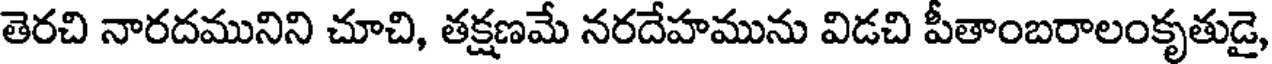
తెరచి నారదమునిని చూచి, తక్షణమే నరదేహమును విడచి పీతాంబరాలంకృతుడై,